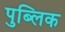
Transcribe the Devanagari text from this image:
पुब्लिक